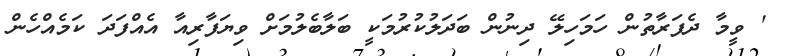
' ވީމާ ދެފަރާތުން ހަމަހިލޭ ދިނުން ބަދަލުކުރުމަކީ ބަލާބެލުމަށް ވިޔަފާރިއާ އެއްފަދަ ކަމެއްހެން